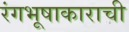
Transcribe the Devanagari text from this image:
रंगभूषाकाराची